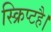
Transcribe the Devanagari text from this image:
स्क्रिप्टहै।